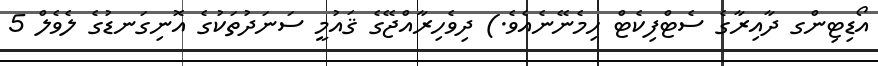
އޯޑިޓިންގ ދާއިރާގެ ސެޓްފިކެޓް ހިމެނޭނެއެވެ.) ދިވެހިރާއްޖޭގެ ޤައުމީ ސަނަދުތަކުގެ އޮނިގަނޑުގެ ލެވެލް 5